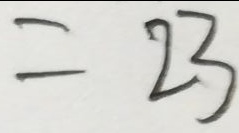
= 2 3